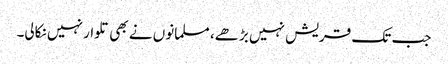
جب تک قریش نہیں بڑھے، مسلمانوں نے بھی تلوار نہیں نکالی۔